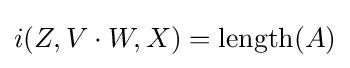
i(Z,V\cdot W,X)=\operatorname {length} (A)